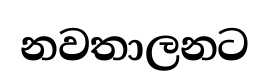
නවතාලනට